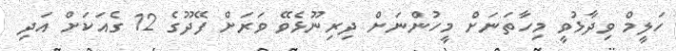
ހަލީމް ވިދާޅުވީ މިހާތަނަށް މީހުންނަށް ދިރިނޫޅެވޭ ވަރަށް ފޭދޫގެ 12 ގެއަކަށް އަދި